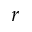
r